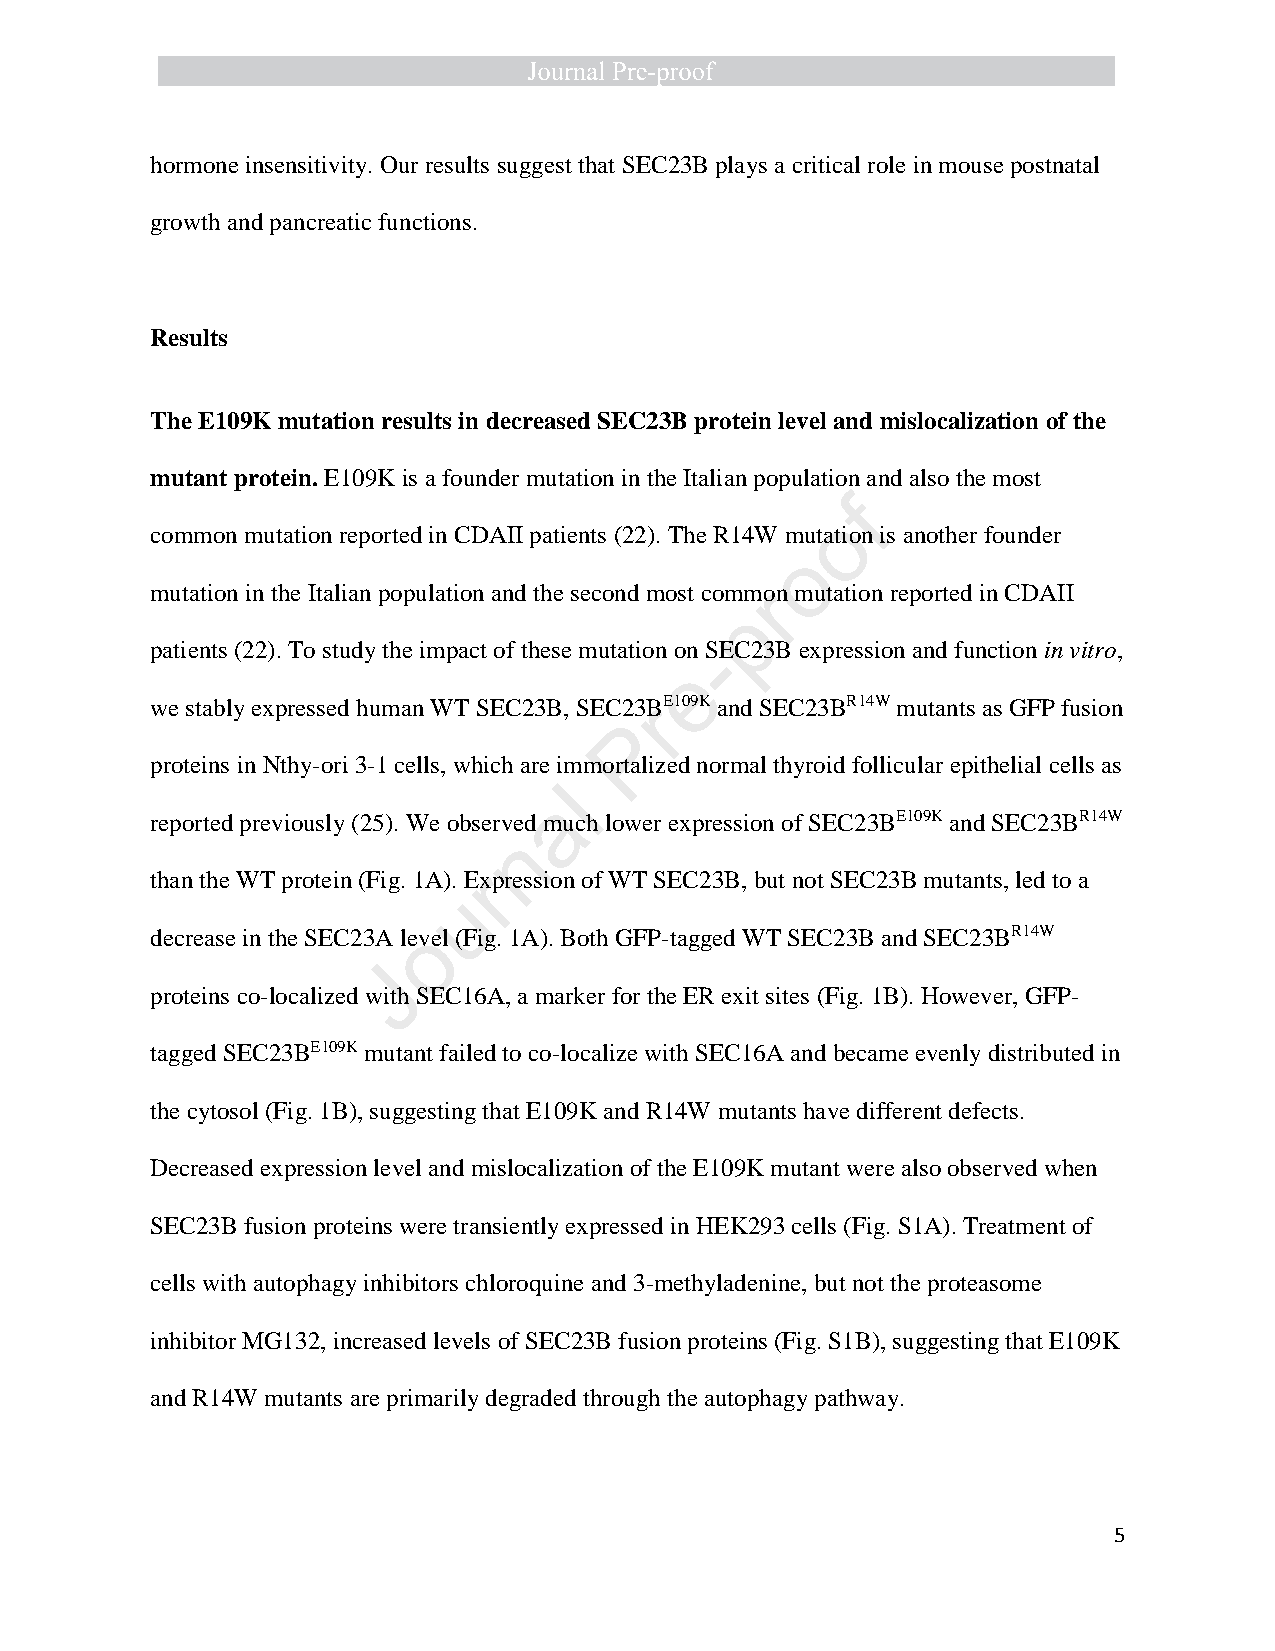
hormone insensitivity. Our results suggest that SEC23B plays a critical role in mouse postnatal
 growth and pancreatic functions.
 Results
 The E109K mutation results in decreased SEC23B protein level and mislocalization of the
 mutant protein. E109K is a founder mutation in the Italian population and also the most
 f
 o
 common mutation reported in CDAII patients (22). The R14W mutation is another founder
 o
 mutation in the Italian population and the second most commron mutation reported in CDAII
 p
 patients (22). To study the impact of these mutation on S-EC23B expression and function in vitro,
 e
 we stably expressed human WT SEC23B, SEC23BrE109K and SEC23BR14W mutants as GFP fusion
 P
 proteins in Nthy-ori 3-1 cells, which are immortalized normal thyroid follicular epithelial cells as
 l
 a
 reported previously (25). We observed much lower expression of SEC23BE109K and SEC23BR14W
 n
 than the WT protein (Fig. 1A). Erxpression of WT SEC23B, but not SEC23B mutants, led to a
 u
 decrease in the SEC23A levoel (Fig. 1A). Both GFP-tagged WT SEC23B and SEC23BR14W
 J
 proteins co-localized with SEC16A, a marker for the ER exit sites (Fig. 1B). However, GFP-
 tagged SEC23BE109K mutant failed to co-localize with SEC16A and became evenly distributed in
 the cytosol (Fig. 1B), suggesting that E109K and R14W mutants have different defects.
 Decreased expression level and mislocalization of the E109K mutant were also observed when
 SEC23B fusion proteins were transiently expressed in HEK293 cells (Fig. S1A). Treatment of
 cells with autophagy inhibitors chloroquine and 3-methyladenine, but not the proteasome
 inhibitor MG132, increased levels of SEC23B fusion proteins (Fig. S1B), suggesting that E109K
 and R14W mutants are primarily degraded through the autophagy pathway.
 5